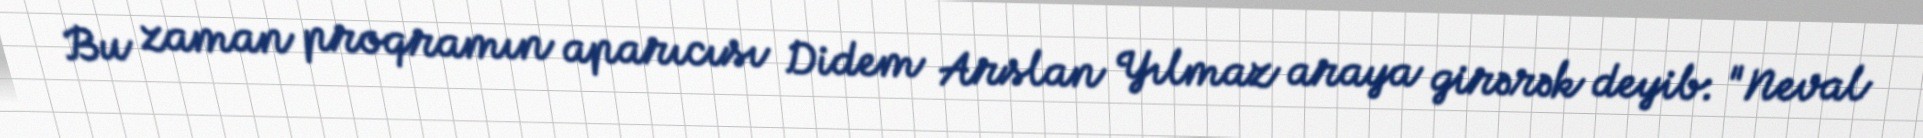
Bu zaman proqramın aparıcısı Didem Arslan Yılmaz araya girərək deyib: "Neval